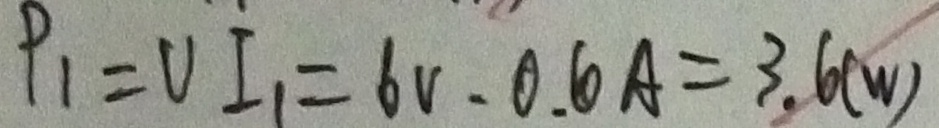
P _ { 1 } = V I _ { 1 } = 6 V \cdot 0 . 6 A = 3 . 6 ( w )